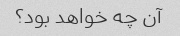
آن چه خواهد بود؟